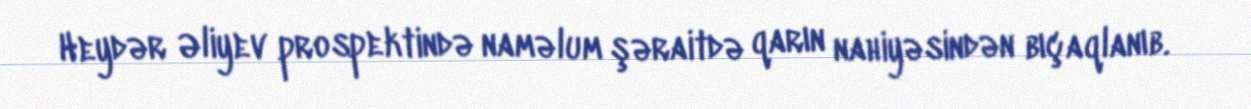
Heydər Əliyev prospektində naməlum şəraitdə qarın nahiyəsindən bıçaqlanıb.